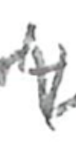
Text: 4
Cross-out: wave
Writing tool: pencil